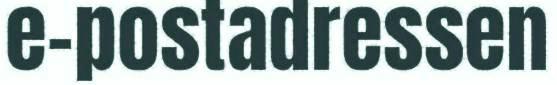
e-postadressen